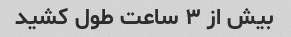
بیش از ۳ ساعت طول کشید